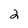
Character: 2